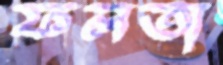
ফলতা